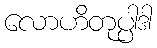
လောဟိတုပ္ပါဒါ